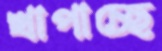
খাপাচ্ছে